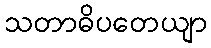
သတာဓိပတေယျာ